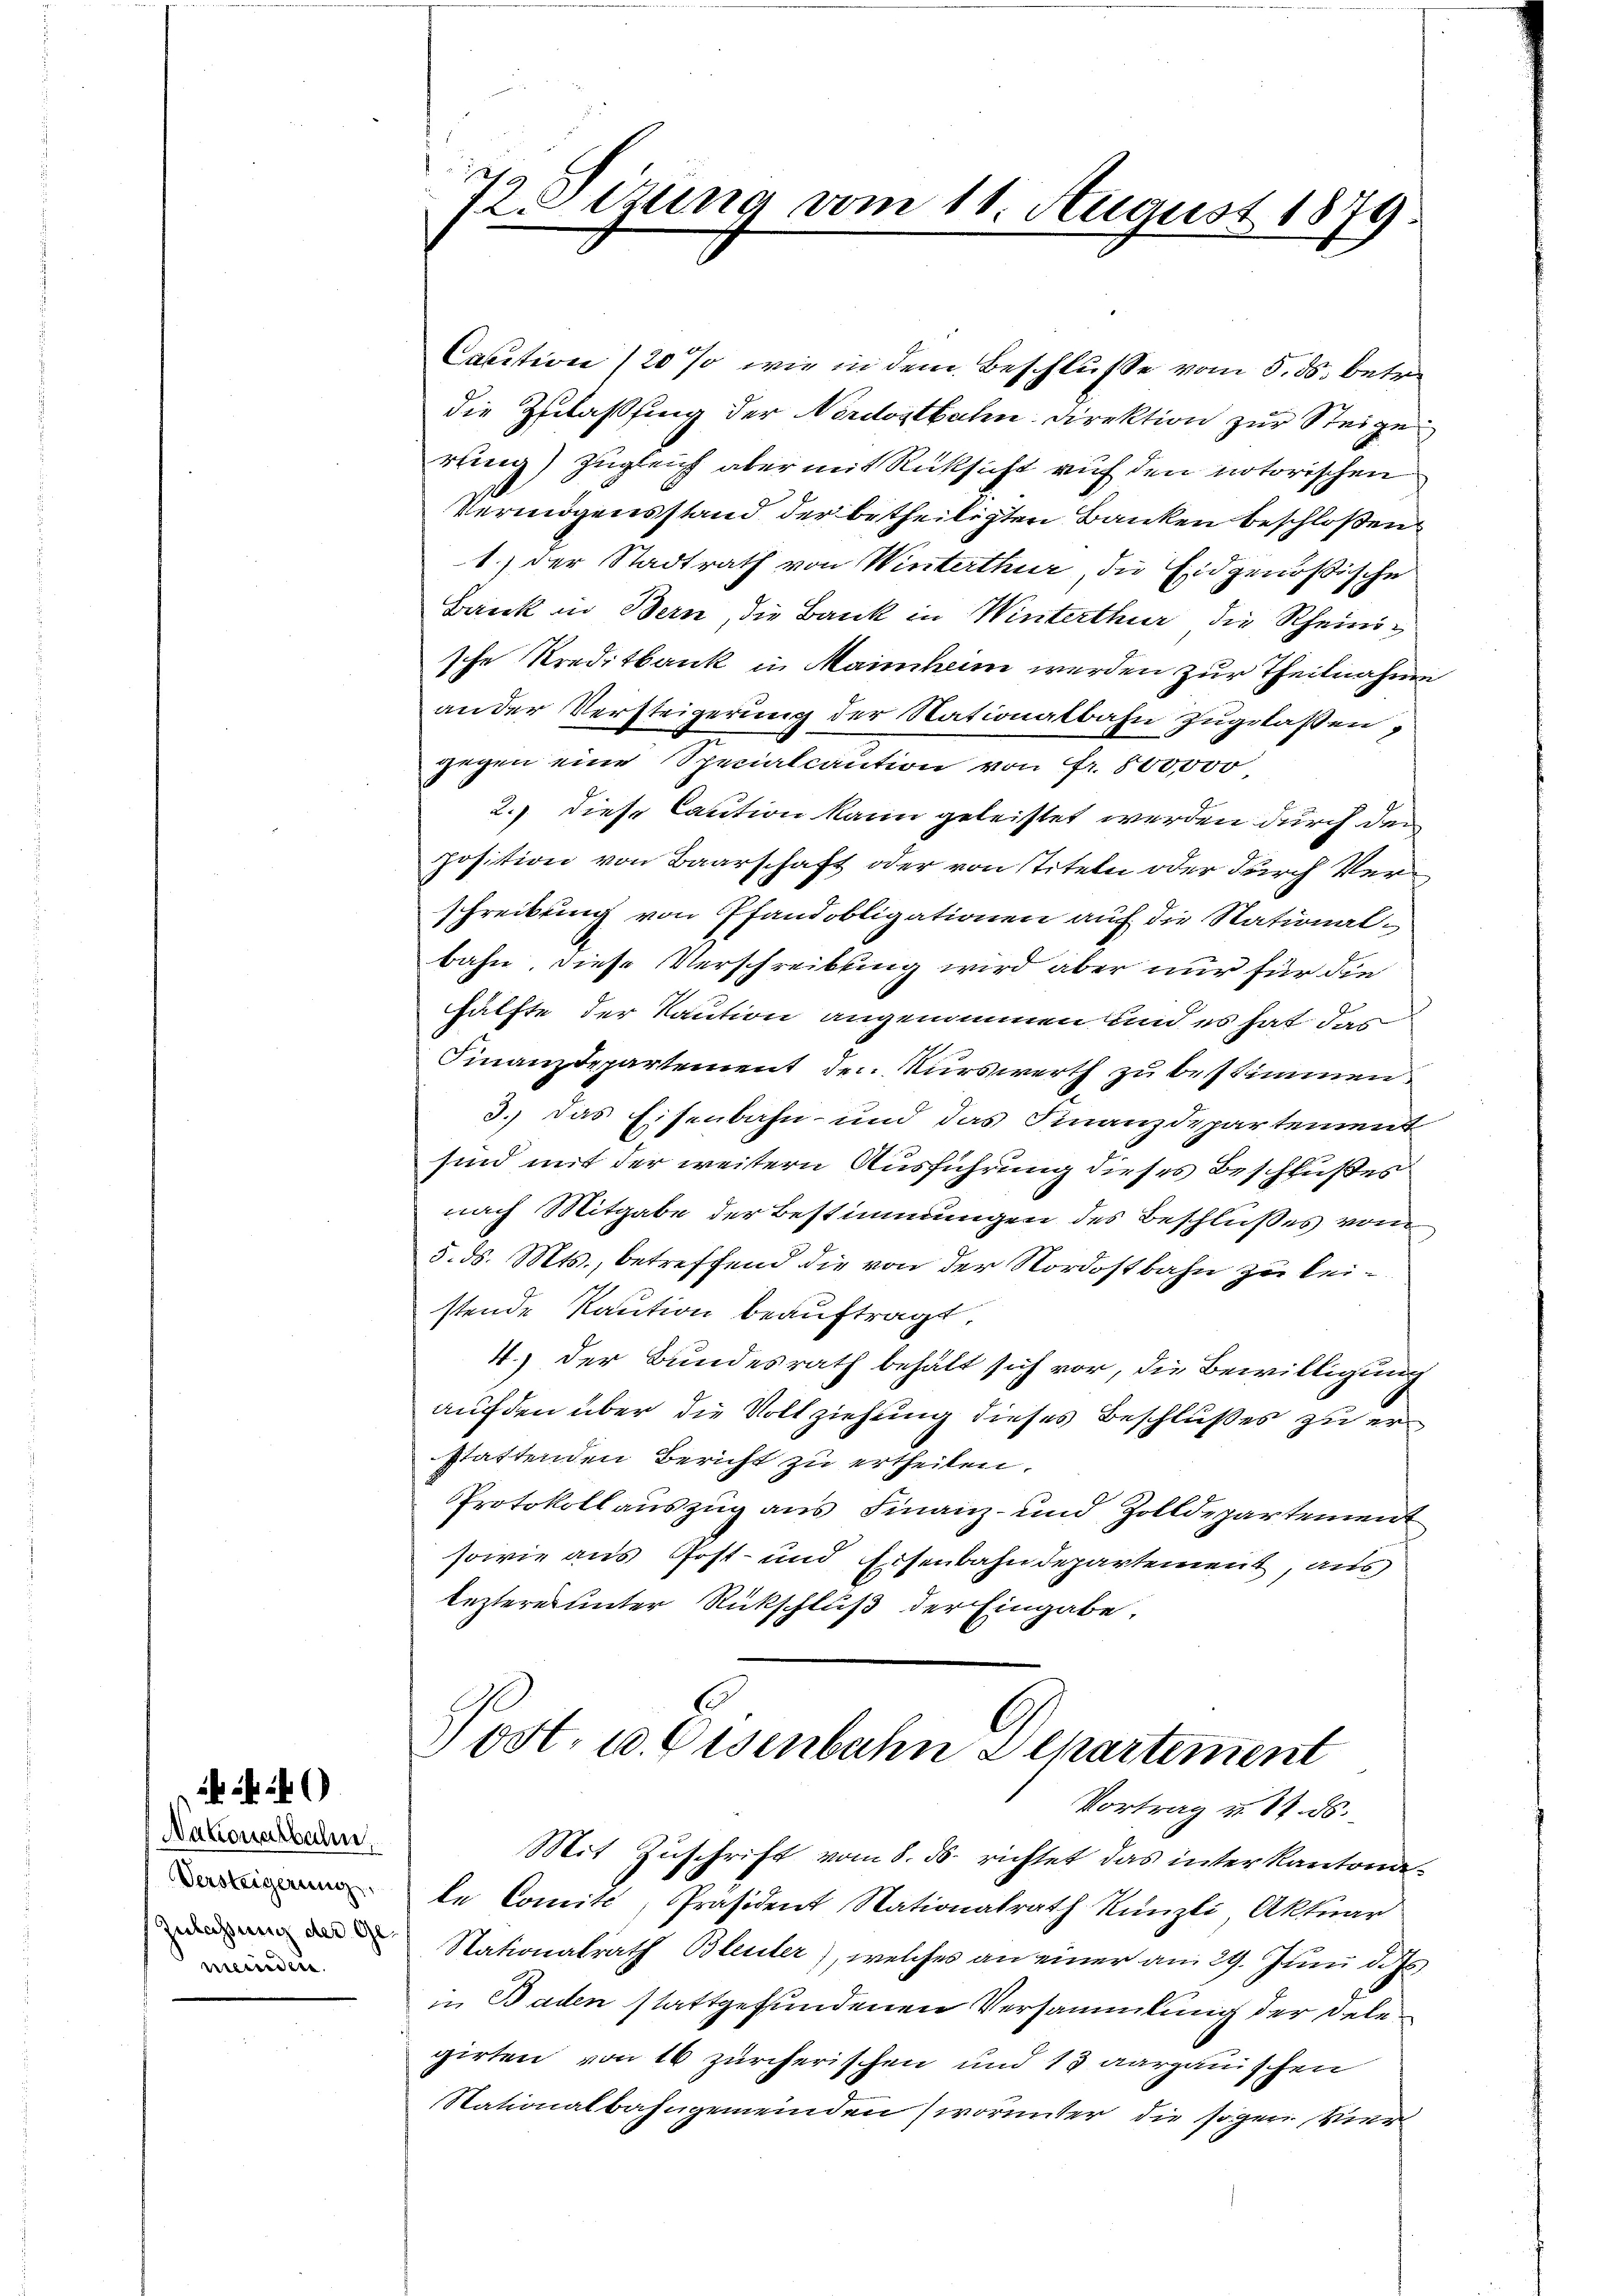
Caution (20 % wie in dem Beschlusse vom 5. ds. betr
die Zulassung der Nordostbahn Direktion zur Steige
rling) zugleich aber mit Rücksicht auf den notorischen
Vermögensstand der betheiligten Banken beschloßen
1.) der Stadtrath von Winterthur, die Eidgenößische
Bank in Bern, die Bank in Winterthur die Rheinig
sche Kreditbank in Maimheim werden zur Theilnahme
an der Versteigerung der Nationalbahn zugelassen,
gegen eine Spenalcaution von Fr. 800,000
2.) diese Caution kann geleistet werden durch den
position von Baarschaft oder von Titeln oder durch Verschreibung von Pfandobligationen auf die Stationalbahn, diese Verschreibung wird aber nur für die
hälfte der Kaution angenommen und es hat das
Finanzdepartement den Kurswerth zu bestimmen.
3.) Das Eisenbahn- und das Finanzdepartement
sind mit der weitern Ausführung dieses Beschlußes
nach Mitgabe der Bestimmungen des Beschlußes vom
5. ds. Mts., betreffend die von der Nordostbahn zu leistende Kaution beauftragt.
4.) Der Bundesrath behalt sich vor, die Bewilligung
auf den über die Vollziehung dieses Beschlußes zu erstattenden Bericht zu ertheilen.
Protokollauszug aus Finanz- und Zolldepartement
sowie aus Post- und Eisenbahndepartement, aus
lezteres unter Rückschluß der Eingabe

Nakonalbahn,
Versteigerung
Zulassung des Gemeinden.

Heizung vom 11. August 1879.

Post, u. Eisenbahn Departement
Vortrag u. 17. ds.

Mit Zuschrift vom 8. ds. richtet das inter kantonate Comité, Präsident Nationalrath Künzli, Aktuar
Nationalrath Bleuler), welches an einer am 29. Juni dass
in Baden stattgefundenen Versammlung der Delegirten von 16 zürcherischen und 13 aargauischen
Nationalbahngemeinden (worunter die sogen vier